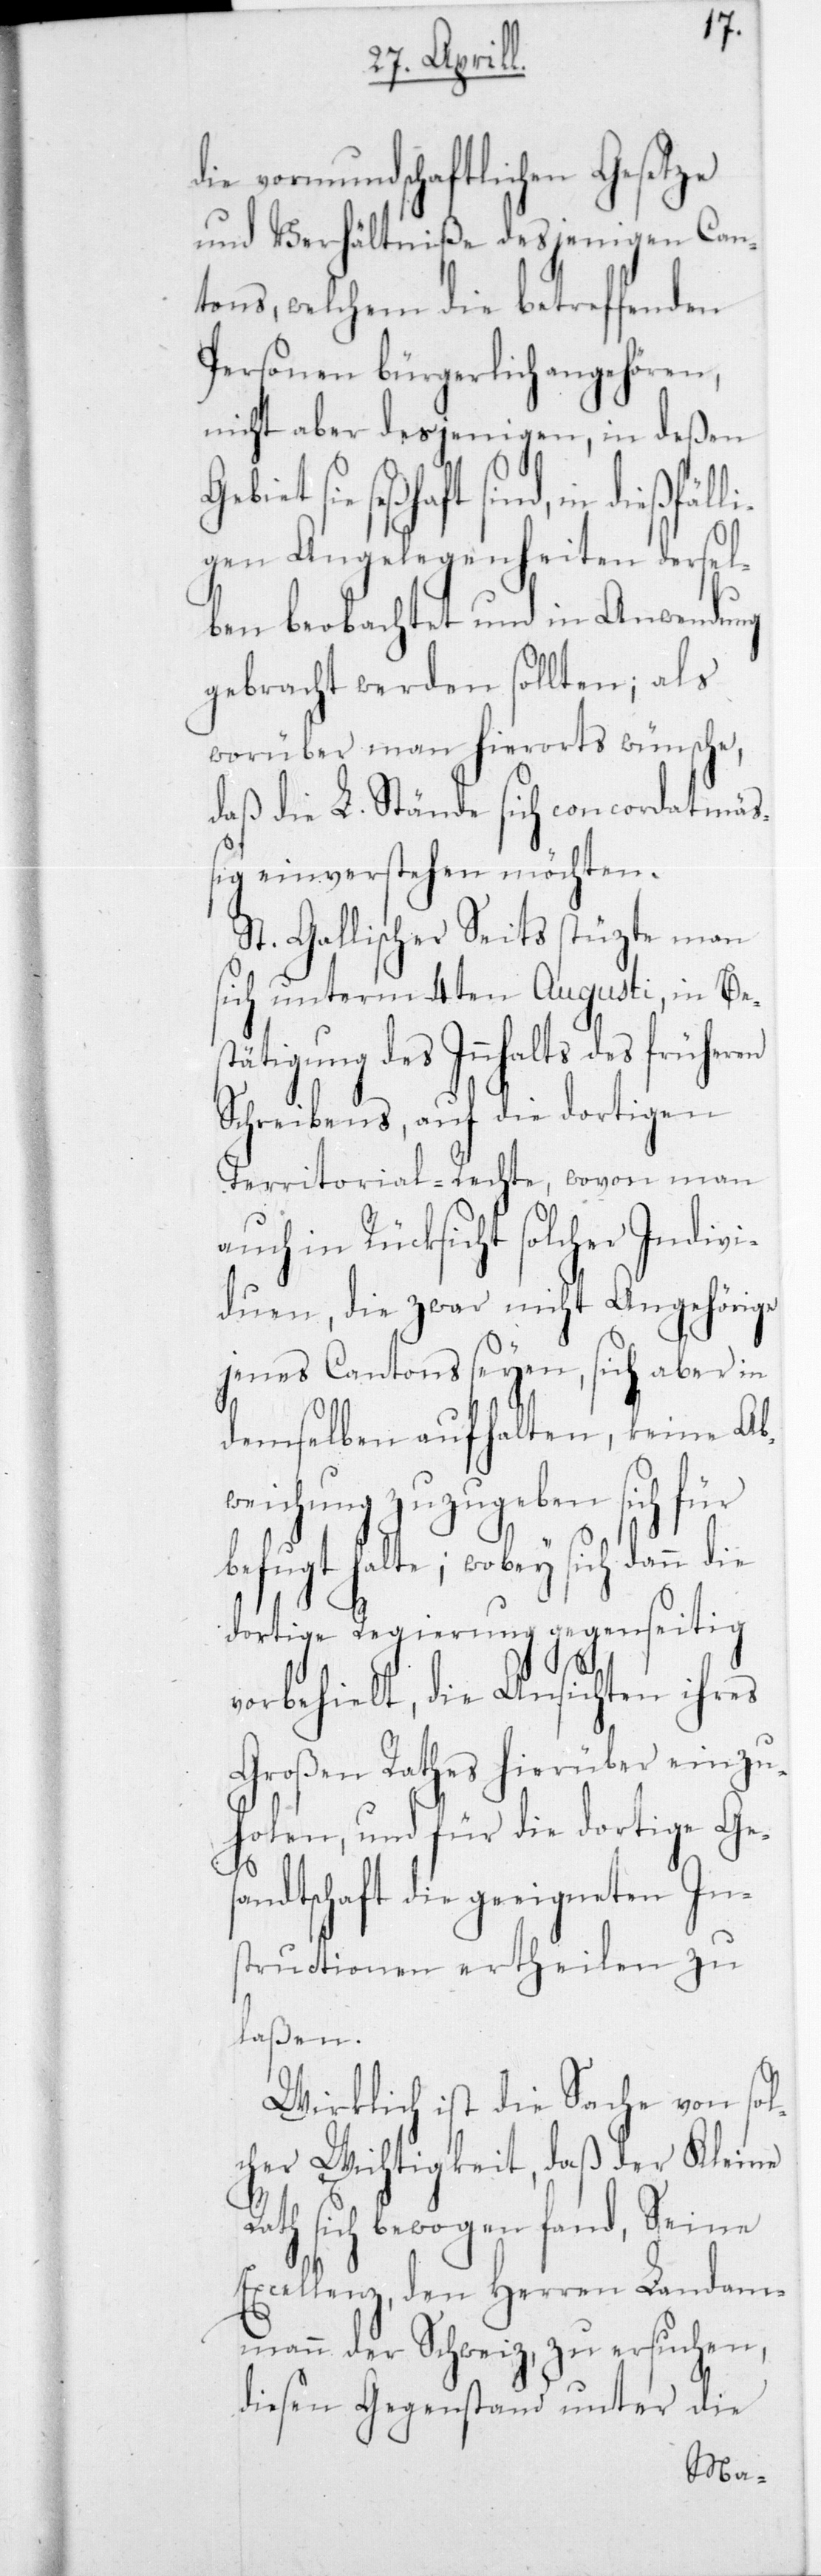
die vormundschaftlichen Gesetze
und Verhältniße desjenigen Can¬
tons, welchem die betreffenden
Personen bürgerlich angehören,
nicht aber desjenigen, in deßen
t sind, in dießfälli¬
gen Angelegenheiten dersel¬
ben beobachtet und in Anwendung
gebracht werden sollten; als
worüber man hierorts wünsche,
daß die L. Stände sich concordatmäß¬
ig einverstehen möchten.
St. Gallischer Seits stütze man
sich unterm 4ten Augusti, in Best¬
ätigung des Innhalts des
Schreibens, auf die dortigen
Territorial-Rechte, wovon man
auch in Rücksicht solcher Indivi¬
duen, die zwar nicht Angehörige
jenes Cantons seyen, sich aber in
demselben aufhalten, keine Ab¬
weichung zuzugeben sich für
befugt halte; wobey sich
dortige Regierung gegenseitig
vorbehielt, die Ansichten ihres
Großen Rathes hierüber einzu¬
holen, und für die dortige Ges¬
andtschaft die geeigneten In¬
structionen ertheilen zu
laßen.
Wirklich ist die Sache von sol¬
cher Wichtigkeit, daß der Kleine
th sich bewogen fand, Seine
Excellenz, den Herrn Landam¬
mann der Schweiz, zu ersuchen,
diesen Gegenstand unter die
Ra¬